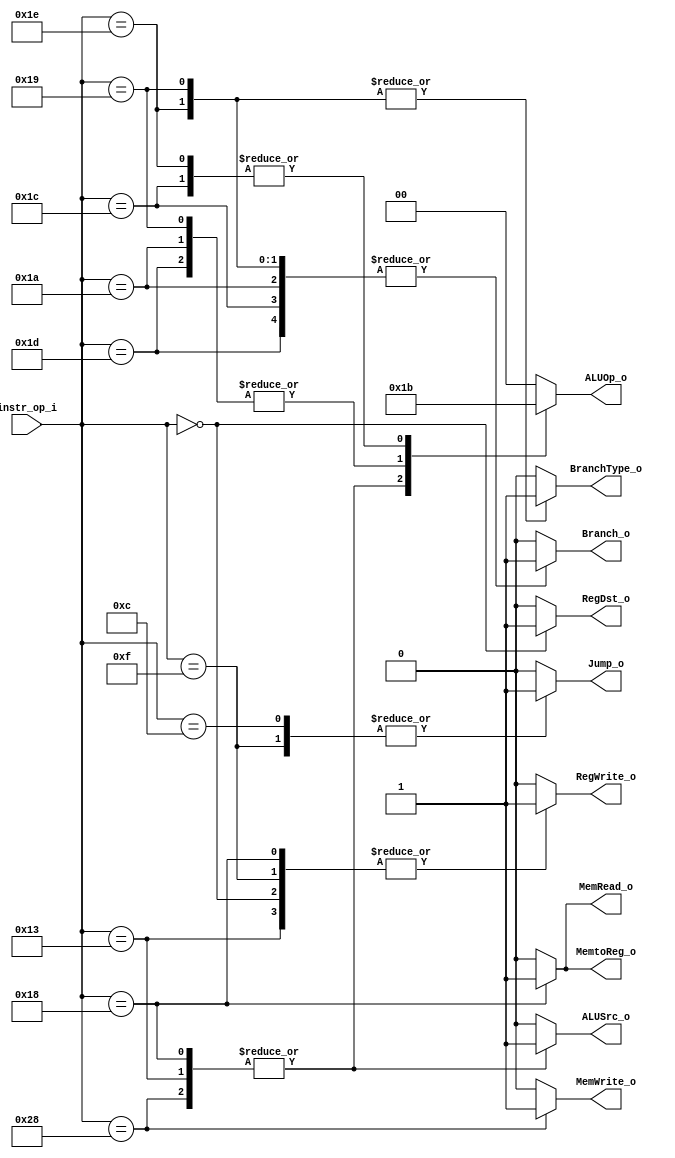
module Decoder (
    instr_op_i,
    RegWrite_o,
    ALUOp_o,
    ALUSrc_o,
    RegDst_o,
    Jump_o,
    Branch_o,
    BranchType_o,
    MemRead_o,
    MemWrite_o,
    MemtoReg_o
);

  //Instruction Format
  parameter OP_R_TYPE = 6'b000000;
  parameter OP_ADDI = 6'b010011;
  parameter OP_BEQ = 6'b011001;
  parameter OP_LW = 6'b011000;
  parameter OP_SW = 6'b101000;
  parameter OP_BNE = 6'b011010;
  parameter OP_JUMP = 6'b001100;
  parameter OP_JAL = 6'b001111;
  parameter OP_BLT = 6'b011100;
  parameter OP_BNEZ = 6'b011101;
  parameter OP_BGEZ = 6'b011110;

  parameter NO = 1'b0;
  parameter YES = 1'b1;

  //ALU OP
  parameter ALU_OP_R_TYPE = 2'b00;
  parameter ALU_ADD = 2'b01;
  parameter ALU_SUB = 2'b10;
  parameter ALU_LESS = 2'b11;

  //R-type or I-type Src & Dst
  parameter SRC_REG = 1'b0;
  parameter SRC_SIGN_EXTEND = 1'b1;

  parameter DST_RT = 1'b0;
  parameter DST_RD = 1'b1;

  //I/O ports
  input [6-1:0] instr_op_i;

  output RegWrite_o;
  output [2-1:0] ALUOp_o;
  output ALUSrc_o;
  output RegDst_o;
  output Jump_o;
  output Branch_o;
  output BranchType_o;
  output MemRead_o;
  output MemWrite_o;
  output MemtoReg_o;

  //Internal Signals
  reg RegWrite_o;
  reg [2-1:0] ALUOp_o;
  reg ALUSrc_o;
  reg RegDst_o;
  reg Jump_o;
  reg Branch_o;
  reg BranchType_o;
  reg MemRead_o;
  reg MemWrite_o;
  reg MemtoReg_o;

  //Main function
  /*your code here*/
  always @(instr_op_i) begin
    // RegWrite_o
    case (instr_op_i)
      OP_R_TYPE, OP_ADDI, OP_LW, OP_JAL: RegWrite_o <= YES;
      OP_SW, OP_BEQ, OP_BNE, OP_BLT, OP_BNEZ, OP_BGEZ, OP_JUMP: RegWrite_o <= NO;
      default: RegWrite_o <= 1'b0;
    endcase

    // ALUOp_o
    case (instr_op_i)
      OP_R_TYPE: ALUOp_o <= ALU_OP_R_TYPE;
      OP_ADDI, OP_LW, OP_SW: ALUOp_o <= ALU_ADD;
      OP_BEQ, OP_BNE, OP_BNEZ: ALUOp_o <= ALU_SUB;
      OP_BLT, OP_BGEZ: ALUOp_o <= ALU_LESS;
      default: ALUOp_o <= 2'b0;
    endcase

    // ALUSrc_o
    case (instr_op_i)
      OP_R_TYPE, OP_BEQ, OP_BNE, OP_BLT, OP_BNEZ, OP_BGEZ: ALUSrc_o <= SRC_REG;
      OP_ADDI, OP_LW, OP_SW: ALUSrc_o <= SRC_SIGN_EXTEND;
      default: ALUSrc_o <= 1'b0;
    endcase

    // RegDst_o
    case (instr_op_i)
      OP_R_TYPE: RegDst_o <= DST_RD;
      OP_ADDI, OP_LW: RegDst_o <= DST_RT;
      default: RegDst_o <= 1'b0;
    endcase

    // Jump_o
    case (instr_op_i)
      OP_JUMP, OP_JAL: Jump_o <= YES;
      OP_R_TYPE, OP_ADDI, OP_LW, OP_SW, OP_BEQ, OP_BNE, OP_BLT, OP_BNEZ, OP_BGEZ: Jump_o <= NO;
      default: Jump_o <= 1'b0;
    endcase

    // Branch_o
    case (instr_op_i)
      OP_BEQ, OP_BNE, OP_BLT, OP_BNEZ, OP_BGEZ: Branch_o <= YES;
      OP_R_TYPE, OP_ADDI, OP_LW, OP_SW, OP_JUMP, OP_JAL: Branch_o <= NO;
      default: Branch_o <= 1'b0;
    endcase

    // BranchType_o
    case (instr_op_i)
      OP_BEQ, OP_BGEZ: BranchType_o <= YES;
      OP_BNE, OP_BLT, OP_BNEZ: BranchType_o <= NO;
      default: BranchType_o <= 1'b0;
    endcase

    // MemRead_o
    case (instr_op_i)
      OP_LW: MemRead_o <= YES;
      OP_R_TYPE, OP_ADDI, OP_SW, OP_BEQ, OP_BNE, OP_BLT, OP_BNEZ, OP_BGEZ, OP_JUMP, OP_JAL:
      MemRead_o <= NO;
      default: MemRead_o <= 1'b0;
    endcase

    // MemWrite_o
    case (instr_op_i)
      OP_SW: MemWrite_o <= YES;
      OP_R_TYPE, OP_ADDI, OP_LW, OP_BEQ, OP_BNE, OP_BLT, OP_BNEZ, OP_BGEZ, OP_JUMP, OP_JAL:
      MemWrite_o <= NO;
      default: MemWrite_o <= 1'b0;
    endcase

    // MemtoReg_o
    case (instr_op_i)
      OP_LW: MemtoReg_o <= YES;
      OP_R_TYPE, OP_ADDI: MemtoReg_o <= NO;
      default: MemtoReg_o <= 1'b0;
    endcase
  end

endmodule